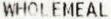
WHOLEMEAL